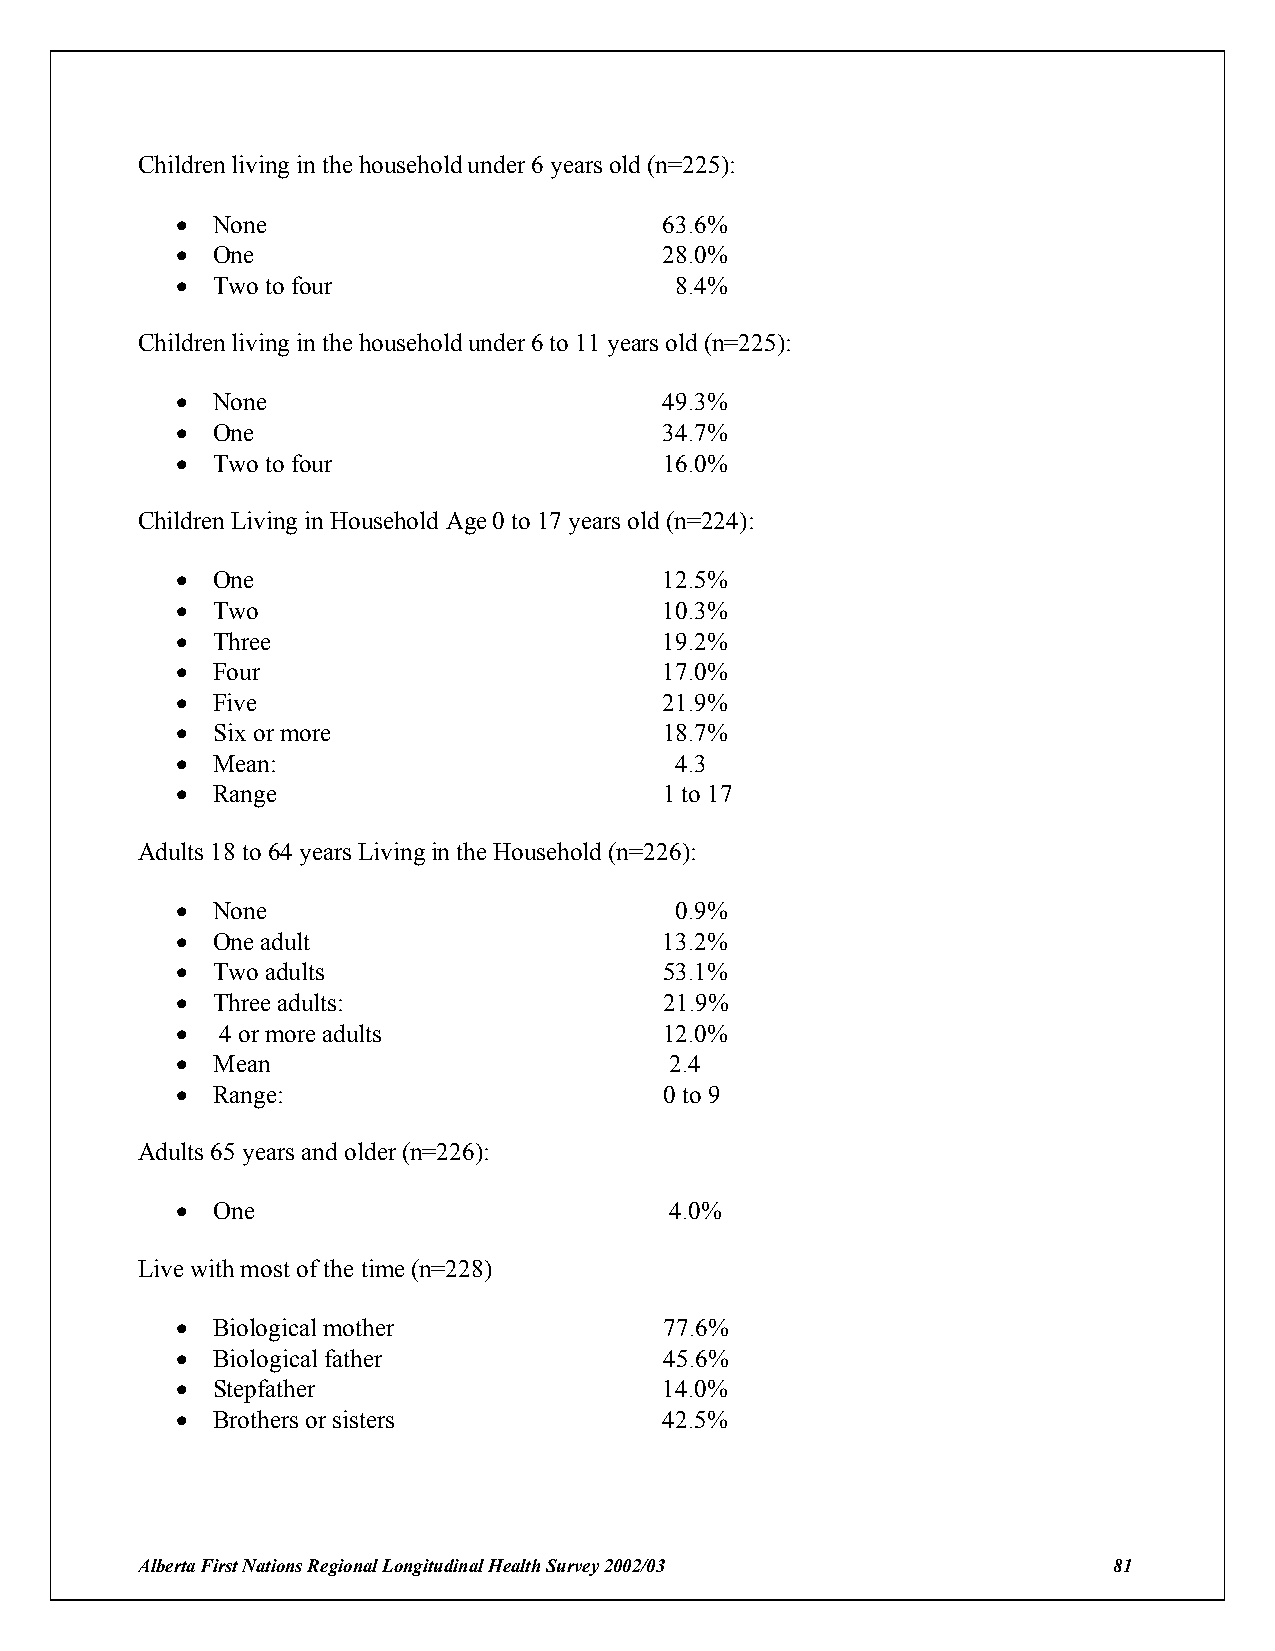
Children living in the household under 6 years old (n=225):
 ! None                          63.6%
 ! One                           28.0%
 ! Two to four                    8.4%
 Children living in the household under 6 to 11 years old (n=225):
 ! None                          49.3%
 ! One                           34.7%
 ! Two to four                   16.0%
 Children Living in Household Age 0 to 17 years old (n=224):
 ! One                           12.5%
 ! Two                           10.3%
 ! Three                         19.2%
 ! Four                          17.0%
 ! Five                          21.9%
 ! Six or more                   18.7%
 ! Mean:                          4.3
 ! Range                         1 to 17
 Adults 18 to 64 years Living in the Household (n=226):
 ! None                           0.9%
 ! One adult                     13.2%
 ! Two adults                    53.1%
 ! Three adults:                 21.9%
 !  4 or more adults             12.0%
 ! Mean                          2.4
 ! Range:                        0 to 9
 Adults 65 years and older (n=226):
 ! One                           4.0%
 Live with most of the time (n=228)
 ! Biological mother             77.6%
 ! Biological father             45.6%
 ! Stepfather                    14.0%
 ! Brothers or sisters           42.5%
 Alberta First Nations Regional Longitudinal Health Survey 2002/03 81